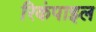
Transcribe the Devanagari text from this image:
रिकंपाइल